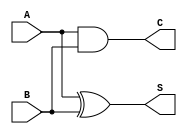
module halfadder(A,B,S,C);
    input wire A,B;
    output wire S,C;
    xor(S,A,B);
    and(C,A,B);
endmodule

module fulladder(A,B,Cin,S,Cout);
    input wire A,B,Cin;
    output wire S, Cout;
    wire Y1;
    wire Y2;
    wire Y3;
    halfadder ha1(A,B,Y1,Y2);
    halfadder ha2(Y1,Cin,S,Y3);
    or(Cout,Y3,Y2);
endmodule

module ripple_carry(A,B,Cin,S,Ov);
    input wire [7:0] A;
    input wire [7:0] B;
    input wire Cin;
    output wire [7:0] S;
    output wire Ov;
    wire [6:0] C;
    fulladder fa1(A[0],B[0],Cin, S[0],C[0]);
    fulladder fa2(A[1],B[1],C[0],S[1],C[1]);
    fulladder fa3(A[2],B[2],C[1],S[2],C[2]);
    fulladder fa4(A[3],B[3],C[2],S[3],C[3]);
    fulladder fa5(A[4],B[4],C[3],S[4],C[4]);
    fulladder fa6(A[5],B[5],C[4],S[5],C[5]);
    fulladder fa7(A[6],B[6],C[5],S[6],C[6]);
    fulladder fa8(A[7],B[7],C[6],S[7],Ov);
endmodule

module adder(A,B,Cin,S,Ov);
    input wire [15:0] A;
    input wire [15:0] B;
    input wire Cin;
    output wire [15:0] S;
    output wire Ov;
    wire Cout;
    ripple_carry rc1(A[7:0],B[7:0],Cin,S[7:0],Cout);
    ripple_carry rc2(A[15:8],B[15:8],Cout,S[15:8],Ov);
endmodule

module padder(A,b,Y);
    input wire [7:0] A;
    input wire b;
    output wire [15:0] Y;
    assign Y[0] = A[0] & b;
    assign Y[1] = A[1] & b;
    assign Y[2] = A[2] & b;
    assign Y[3] = A[3] & b;
    assign Y[4] = A[4] & b;
    assign Y[5] = A[5] & b;
    assign Y[6] = A[6] & b;
    assign Y[7] = A[7] & b;
    assign Y[8] = 1'b0;
    assign Y[9] = 1'b0;
    assign Y[10] = 1'b0;
    assign Y[11] = 1'b0;
    assign Y[12] = 1'b0;
    assign Y[13] = 1'b0;
    assign Y[14] = 1'b0;
    assign Y[15] = 1'b0;
endmodule

module unsigned_multiplier(A,B,P);
    input wire [7:0] A;
    input wire [7:0] B;
    output wire [15:0] P;
    wire [15:0] partial_product [7:0];
    wire [15:0] Y [7:0];
    parameter Cin = 1'b0;
    wire [7:0] Cout;
    wire [15:0] product [5:0];
    padder p1(A,B[0],Y[0]);
    padder p2(A,B[1],Y[1]);
    padder p3(A,B[2],Y[2]);
    padder p4(A,B[3],Y[3]);
    padder p5(A,B[4],Y[4]);
    padder p6(A,B[5],Y[5]);
    padder p7(A,B[6],Y[6]);
    padder p8(A,B[7],Y[7]);
  
    assign partial_product[0] = Y[0];  
    assign partial_product[1] = Y[1]<<1;
    assign partial_product[2] = Y[2]<<2;
    assign partial_product[3] = Y[3]<<3;
    assign partial_product[4] = Y[4]<<4;
    assign partial_product[5] = Y[5]<<5;
    assign partial_product[6] = Y[6]<<6;
    assign partial_product[7] = Y[7]<<7;

    adder a1(partial_product[0],partial_product[1],Cin,product[0],Cout[0]);
    adder a2(product[0], partial_product[2],Cout[0],product[1],Cout[1]);
    adder a3(product[1], partial_product[3],Cout[1],product[2],Cout[2]);
    adder a4(product[2], partial_product[4],Cout[2],product[3],Cout[3]);
    adder a5(product[3], partial_product[5],Cout[3],product[4],Cout[4]);
    adder a6(product[4], partial_product[6],Cout[4],product[5],Cout[5]);
    adder a7(product[5], partial_product[7],Cout[5],P,Cout[6]);
endmodule

module dff(input clk, input  [15:0] d, output reg [15:0] q);
    always @(posedge clk) 
        q <= d;

endmodule

module fir(input clk, input [7:0] x0,x1,x2,x3,x4,x5,x6,x7,x8,x9 , output reg [15:0] Y);
	wire [7:0]	h [9:0];
	wire [15:0] m [9:0];
	wire [15:0] q [8:0];
    parameter Cin = 1'b0;
    wire [8:0] Cout;
    wire [15:0] add_out1,add_out2,add_out3,add_out4,add_out5,add_out6,add_out7,add_out8,add_out9;

	assign h[0] = 1;
	assign h[1] = 2;
	assign h[2] = 3;
	assign h[3] = 4;
	assign h[4] = 5;
	assign h[5] = 6;
	assign h[6] = 7;
	assign h[7] = 8;
	assign h[8] = 9;
	assign h[9] = 1;

    unsigned_multiplier m0(h[0], x0, m[0]);
    unsigned_multiplier m1(h[1], x1, m[1]);
    unsigned_multiplier m2(h[2], x2, m[2]);
    unsigned_multiplier m3(h[3], x3, m[3]);
    unsigned_multiplier m4(h[4], x4, m[4]);
    unsigned_multiplier m5(h[5], x5, m[5]);
    unsigned_multiplier m6(h[6], x6, m[6]);
    unsigned_multiplier m7(h[7], x7, m[7]);
    unsigned_multiplier m8(h[8], x8, m[8]);
    unsigned_multiplier m9(h[9], x9, m[9]);



    adder add1(q[0],m[1],Cin,add_out1, Cout[0]);
    adder add2(q[1],m[2],Cout[0],add_out2, Cout[1]);
    adder add3(q[2],m[3],Cout[1],add_out3, Cout[2]);
    adder add4(q[3],m[4],Cout[2],add_out4, Cout[3]);
    adder add5(q[4],m[5],Cout[3],add_out5, Cout[4]);
    adder add6(q[5],m[6],Cout[4],add_out6, Cout[5]);
    adder add7(q[6],m[7],Cout[5],add_out7, Cout[6]);
    adder add8(q[7],m[8],Cout[6],add_out8, Cout[7]);
    adder add9(q[8],m[9],Cout[7],add_out9, Cout[8]);

    dff dff1(clk,m[0],q[0]);
    dff dff2(clk,add_out1,q[1]);
    dff dff3(clk,add_out2,q[2]);
    dff dff4(clk,add_out3,q[3]);
    dff dff5(clk,add_out4,q[4]);
    dff dff6(clk,add_out5,q[5]);
    dff dff7(clk,add_out6,q[6]);
    dff dff8(clk,add_out7,q[7]);
    dff dff9(clk,add_out8,q[8]);

    always @(posedge clk) begin
        Y <= add_out9 ;
    end
endmodule